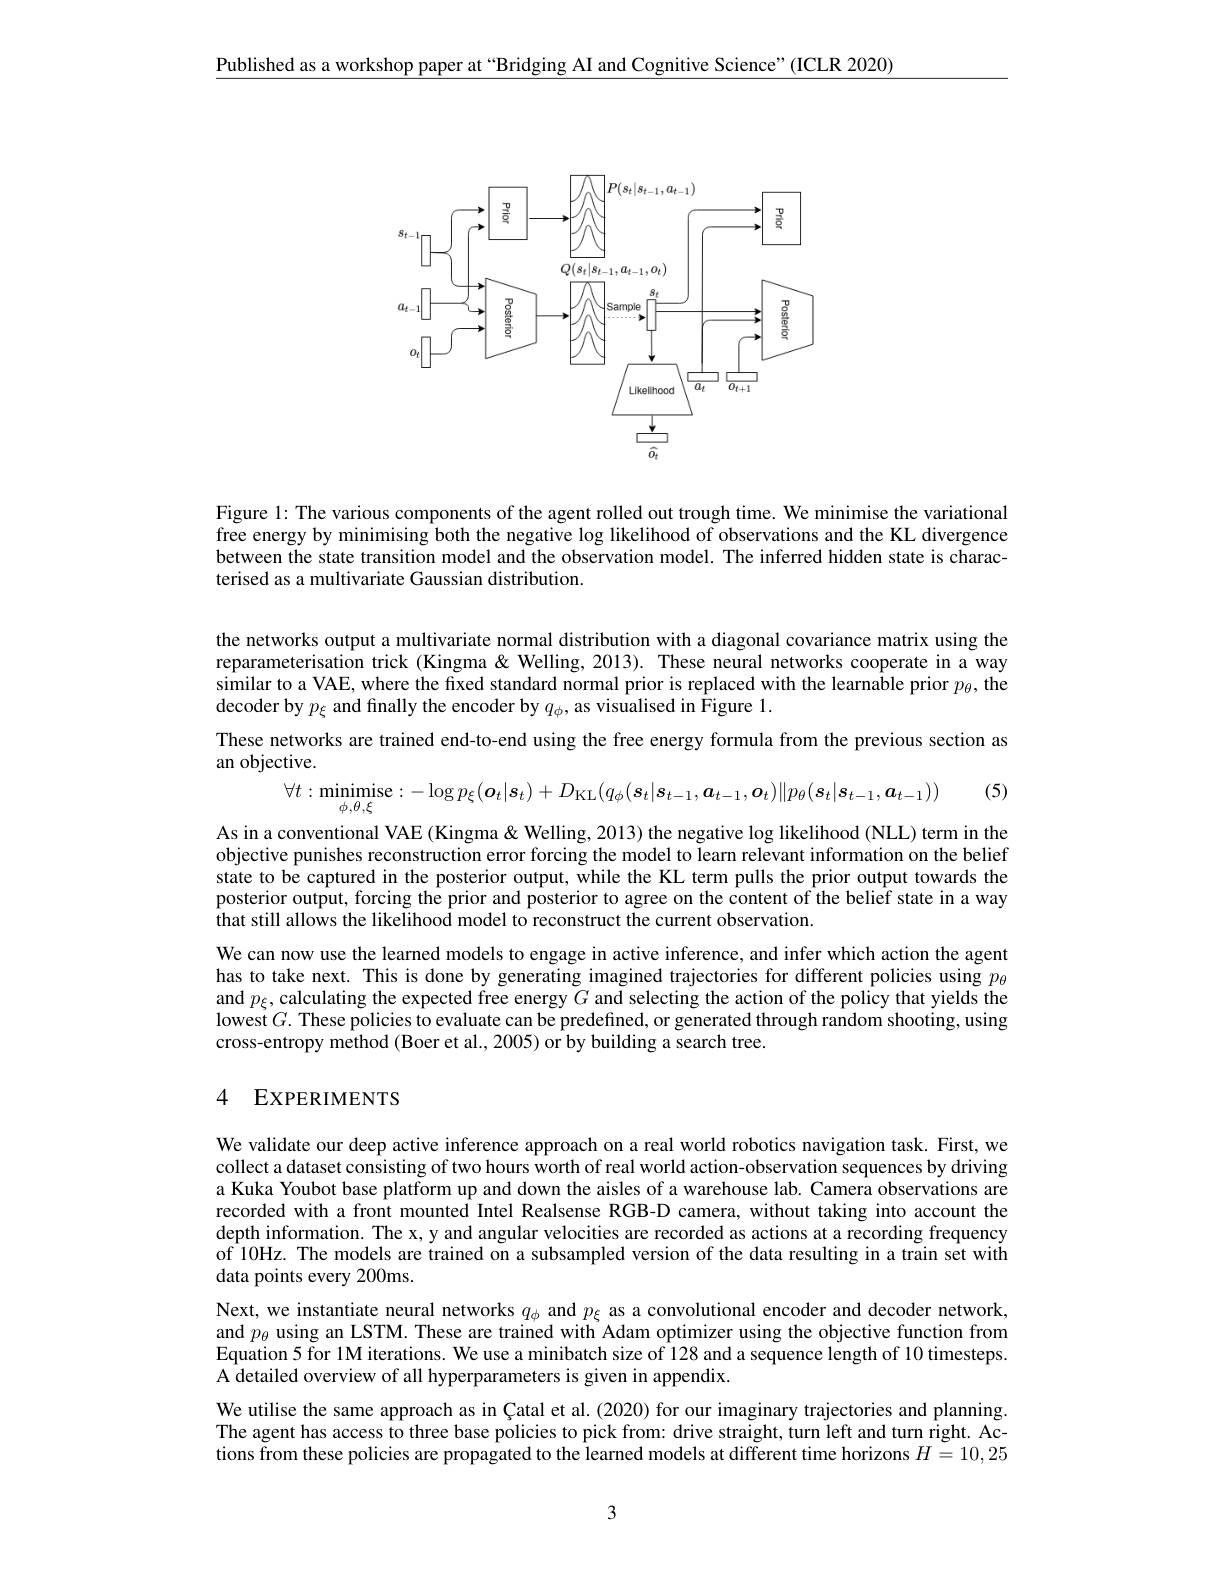
$\underline{\text{Published as a workshop paper at “Bridging AI and Cognitive Science"(ICLR 2020)}}$

<FigureHere>

Figure 1: The various components of the agent rolled out trough time. We minimise the variational free energy by minimising both the negative log likelihood of observations and the KL divergence between the state transition model and the observation model. The inferred hidden state is characterised as a multivariate Gaussian distribution.

the networks output a multivariate normal distribution with a diagonal covariance matrix using the reparameterisation trick (Kingma& Welling, 2013). These neural networks cooperate in a way similar to a VAE, where the fixed standard normal prior is replaced with the learnable prior $p_\theta$, the decoder by $p_\xi$ and finally the encoder by $q_\phi$, as visualised in Figure 1.
These networks are trained end-to-end using the free energy formula from the previous section as
an objective.
(5)
$$\forall t:\underset{\phi,\theta,\xi}{\operatorname*{minimise}}:-\log p_\xi(\boldsymbol{o}_t|\boldsymbol{s}_t)+D_{\mathrm{KL}}(q_\phi(\boldsymbol{s}_t|\boldsymbol{s}_{t-1},\boldsymbol{a}_{t-1},\boldsymbol{o}_t)\|p_\theta(\boldsymbol{s}_t|\boldsymbol{s}_{t-1},\boldsymbol{a}_{t-1}))$$
As in a conventional VAE (Kingma & Welling, 2013) the negative log likelihood (NLL) term in the objective punishes reconstruction error forcing the model to learn relevant information on the belief state to be captured in the posterior output, while the KL term pulls the prior output towards the posterior output, forcing the prior and posterior to agree on the content of the belief state in a way $\hat{\text{that still allows the likelihood model to reconstruct the current observation.}}$
We can now use the learned models to engage in active inference, and infer which action the agent has to take next. This is done by generating imagined trajectories for different policies using $p_\theta$ and $p_\xi$, calculating the expected free energy $G$ and selecting the action of the policy that yields the lowest$G.$ These policies to evaluate can be predefined, or generated through random shooting, using cross-entropy method (Boer et al., 2005) or by building a search tree.

### 4 EXPERIMENTS

We validate our deep active inference approach on a real world robotics navigation task. First, we collect a dataset consisting of two hours worth of real world action-observation sequences by driving a Kuka Youbot base platform up and down the aisles of a warehouse lab. Camera observations are recorded with a front mounted Intel Realsense RGB-D camera, without taking into account the depth information. The x, y and angular velocities are recorded as actions at a recording frequency of 10Hz. The models are trained on a subsampled version of the data resulting in a train set with data points every 200ms.
Next, we instantiate neural networks $q_\phi$ and $p_\xi$ as a convolutional encoder and decoder network, and $p_\theta$ using an LSTM. These are trained with Adam optimizer using the objective function from Equation 5 for 1M iterations. We use a minibatch size of 128 and a sequence length of 10 timesteps A detailed overview of all hyperparameters is given in appendix.
We utilise the same approach as in Çatal et al. (2020) for our imaginary trajectories and planning The agent has access to three base policies to pick from: drive straight, turn left and turn right. Actions from these policies are propagated to the learned models at different time horizons $H=10,25$

3